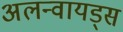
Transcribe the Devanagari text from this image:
अलन्वायड्स